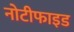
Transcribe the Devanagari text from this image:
नोटीफाइड